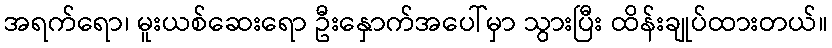
အရက်ရော၊ မူးယစ်ဆေးရော ဦးနှောက်အပေါ်မှာ သွားပြီး ထိန်းချုပ်ထားတယ်။